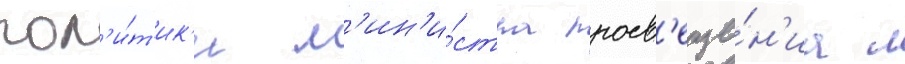
пол'и́т'ик'и м'ин'и́стра просв'еще́н'иа л